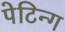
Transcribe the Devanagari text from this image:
पेटिन्ग